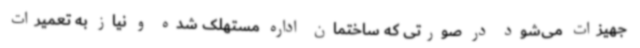
جهیزات می‌شود در صورتی‌ که ساختمان اداره مستهلک شده و نیاز به تعمیرات